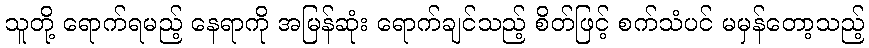
သူတို့ ရောက်ရမည့် နေရာကို အမြန်ဆုံး ရောက်ချင်သည့် စိတ်ဖြင့် စက်သံပင် မမှန်တော့သည့်